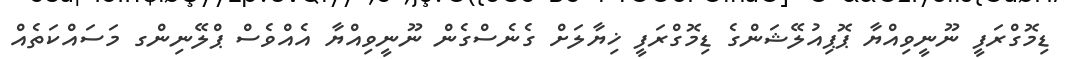
ޑިމޮގްރަފީ ނޫނީވިއްޔާ ޕޮޕިއުލޭޝަންގެ ޑިމޮގްރަފީ ޚިޔާލަށް ގެނެސްގެން ނޫނީވިއްޔާ އެއްވެސް ޕްލޭނިންގ މަސައްކަތެއް